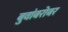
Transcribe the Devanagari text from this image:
बुवांबरोबर